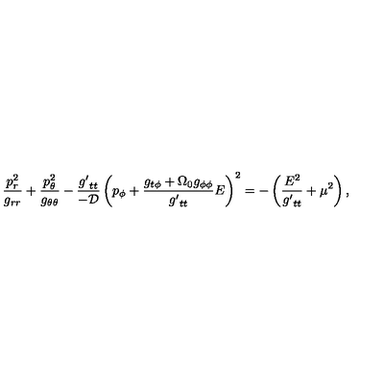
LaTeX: \frac { p _ { r } ^ { 2 } } { g _ { r r } } + \frac { p _ { \theta } ^ { 2 } } { g _ { \theta \theta } } - \frac { { g ^ { \prime } } _ { t t } } { - \cal D } \left( p _ { \phi } + \frac { g _ { t \phi } + \Omega _ { 0 } g _ { \phi \phi } } { { g ^ { \prime } } _ { t t } } E \right) ^ { 2 } = - \left( \frac { E ^ { 2 } } { { g ^ { \prime } } _ { t t } } + \mu ^ { 2 } \right) ,